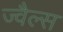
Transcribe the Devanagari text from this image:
ज्वैल्स